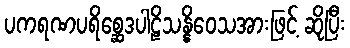
ပကရဏပရိစ္ဆေဒပါဠိသန္နိဝေသအားဖြင့် ဆိုပြီး